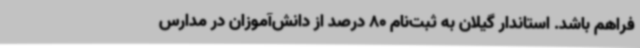
فراهم باشد. استاندار گیلان به ثبت‌نام 80 درصد از دانش‌آموزان در مدارس